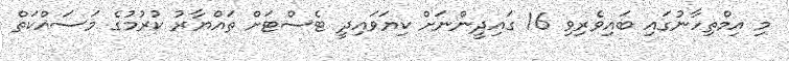
މި އިމްތިހާނުގައި ބައިވެރިވި 16 ގައިދީންނަށް ކިޔަވައިދީ ޓެސްޓަށް ތައްޔާރު ކުރުމުގެ މަސައްކަތް